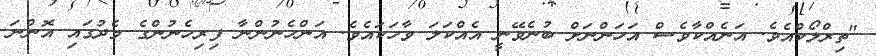
"ތިރްލޯކްއެވެ. އަނެއްކާވެސް އަހަންނަށް ބުނެވޭނީ އެއްކަލަ ވާހަކައެވެ. އަންހެނުންނާ ފިރިހެނުންގެ މެދުގައި އޮންނަ